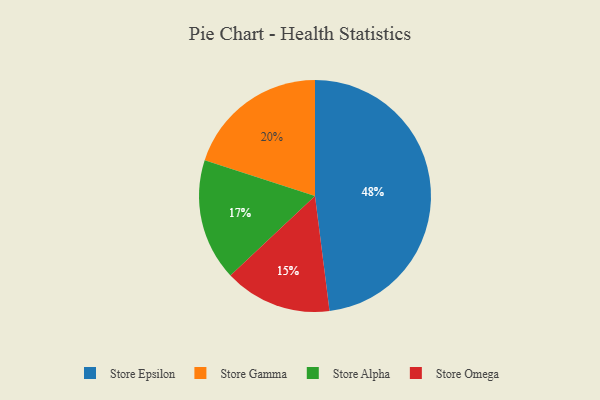
{"axis": {"x": "Category", "y": "Percentage"}, "legend": ["Store Alpha", "Store Epsilon", "Store Gamma", "Store Omega"], "data": [{"x": "Store Alpha", "y": 17, "type": "Store Alpha"}, {"x": "Store Epsilon", "y": 48, "type": "Store Epsilon"}, {"x": "Store Omega", "y": 15, "type": "Store Omega"}, {"x": "Store Gamma", "y": 20, "type": "Store Gamma"}]}